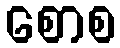
စောစ